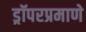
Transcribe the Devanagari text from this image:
ड्रॉपरप्रमाणे